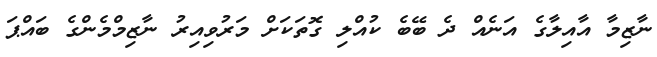
ނާޒިމާ އާއިލާގެ އަނެއް ދެ ބޭބެ ކުއްލި ގޮތަކަށް މަރުވިއިރު ނާޒިމްމެންގެ ބައްޕަ